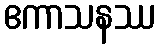
ဧကာသနဿ